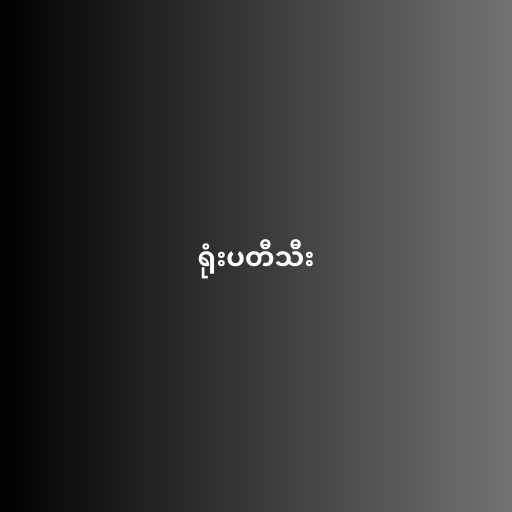
ရုံးပတီသီး